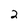
Character: 2